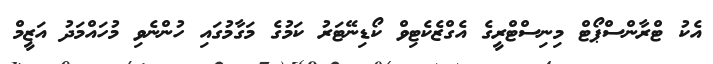
އެކު ޓްރާންސްޕޯޓް މިނިސްޓްރީގެ އެގްޒެކެޓިވް ކޯޑިނޭޓަރު ކަމުގެ މަގާމުގައި ހުންނެވި މުހައްމަދު އަޒީމް